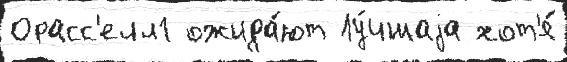
Орасс'елл1 ожида́ют Лу́чшаjа хот'я́